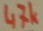
Text: 47K